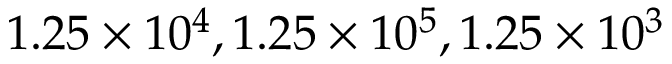
1 . 2 5 \times 1 0 ^ { 4 } , 1 . 2 5 \times 1 0 ^ { 5 } , 1 . 2 5 \times 1 0 ^ { 3 }